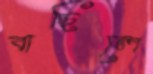
বাছিলে